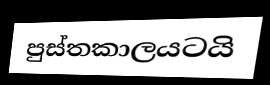
පුස්තකාලයටයි